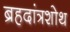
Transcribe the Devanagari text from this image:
ब्रहदांत्रशोथ